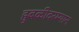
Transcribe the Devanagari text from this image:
हुबळीदरम्यान